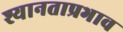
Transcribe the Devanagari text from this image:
श्यानताप्रभाव